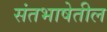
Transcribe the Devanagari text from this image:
संतभाषेतील